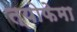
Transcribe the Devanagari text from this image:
त्योफेमा